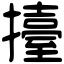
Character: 擡